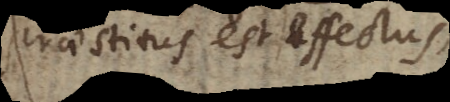
praestitus est effectus,